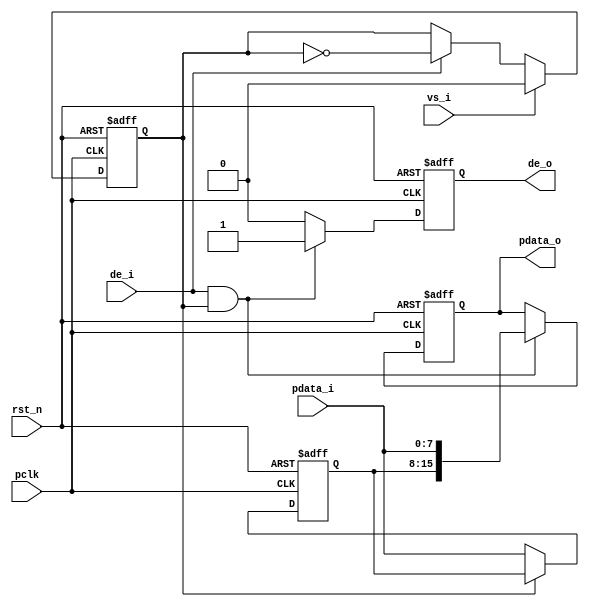
`timescale 1ns / 1ps
//////////////////////////////////////////////////////////////////////////////////
// Company:Meyesemi 
// 
// Design Name:  
// Module Name: 
// Project Name: 
// Target Devices: Pango
// Tool Versions: 
// Description: 
//      
// Dependencies: 
// 
// Revision:
// Revision 1.0 - File Created
// Additional Comments:
// 
//////////////////////////////////////////////////////////////////////////////////
//8bit16bit RGB565
`timescale 1ns/1ns

module cmos_8_16bit(
	input 				   pclk 		,   
	input 				   rst_n		,
	input				   de_i	        ,
	input	[7:0]	       pdata_i	    ,
    input                  vs_i         ,

 	output	reg			   de_o         ,
	output  reg [15:0]	   pdata_o
); 

reg de_o_d0;
always @(posedge pclk or negedge rst_n)begin		//
	if(!rst_n)begin
		de_o_d0 <= 1'b0;
    end
	else if(vs_i)begin
		de_o_d0 <= 1'b0;
    end
	else if(de_i)begin
        de_o_d0 <= ~de_o_d0;
    end
end

reg [7:0] pdata_i_d0;
always @(posedge pclk or negedge rst_n)begin		//
	if(!rst_n)begin
		pdata_i_d0 <= 8'b0;
    end
	else if(de_o_d0 == 0)begin
		pdata_i_d0 <= pdata_i;
    end
end

always @(posedge pclk or negedge rst_n)begin		//
	if(!rst_n)begin
		pdata_o <= 16'b0;
    end
	else if((de_i == 1) && (de_o_d0 == 1))begin
		pdata_o <= {pdata_i_d0,pdata_i};
    end
end

always @(posedge pclk or negedge rst_n)begin		//
	if(!rst_n)begin
		de_o <= 1'b0;
    end
	else if((de_i == 1) && (de_o_d0 == 1))begin
		de_o <= 1'b1;
    end
    else begin
        de_o <= 1'b0;
    end
end

endmodule